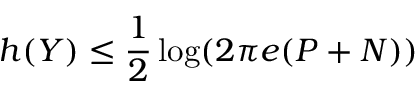
h ( Y ) \leq { \frac { 1 } { 2 } } \log ( 2 \pi e ( P + N ) ) \,